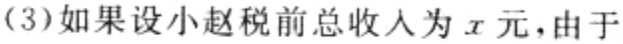
(3)如果设小赵税前总收入为\(x\)元,由于